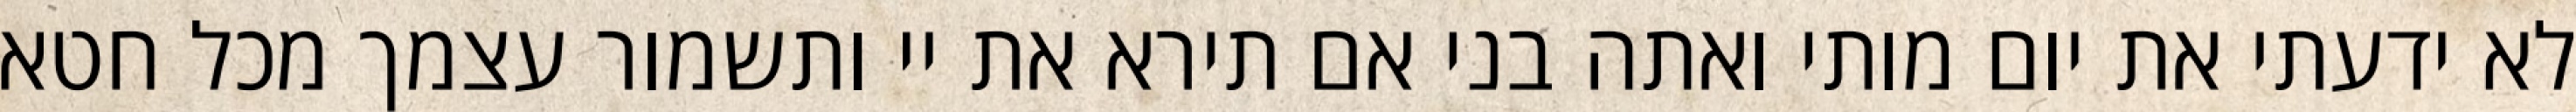
לא ידעתי את יום מותי ואתה בני אם תירא את יי ותשמור עצמך מכל חטא